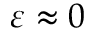
\varepsilon \approx 0